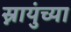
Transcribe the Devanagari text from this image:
स्नायुंच्या